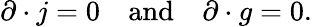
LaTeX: \partial\cdot j=0\, \, \, \, \, \, \mathrm{and}\, \, \, \, \, \, \partial\cdot g=0.